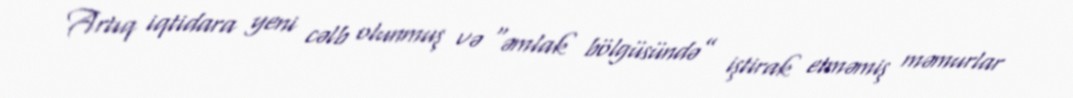
Artıq iqtidara yeni cəlb olunmuş və “əmlak bölgüsündə” iştirak etməmiş məmurlar